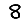
Digit: 8